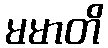
မမာတိ